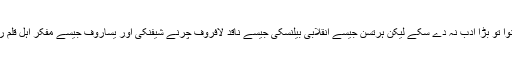
وہ خود یا اس کے ہمنوا تو بڑا ادب نہ دے سکے لیکن ہرتسن جیسے انقلابی بیلنسکی جیسے ناقد لافروف چرنے شیفنکی اور یساروف جیسے مفکر اہلِ قلم روسی ادب کو بخشے۔